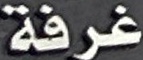
غرفة